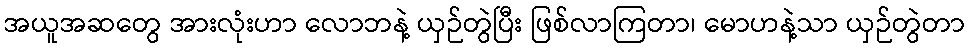
အယူအဆတွေ အားလုံးဟာ လောဘနဲ့ ယှဉ်တွဲပြီး ဖြစ်လာကြတာ၊ မောဟနဲ့သာ ယှဉ်တွဲတာ